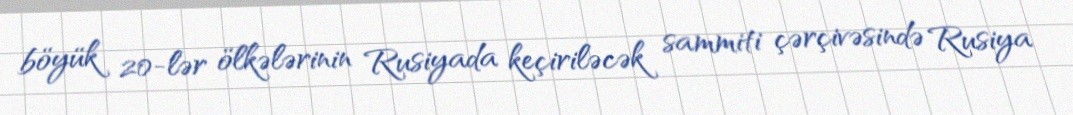
böyük 20-lər ölkələrinin Rusiyada keçiriləcək sammiti çərçivəsində Rusiya